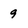
Character: 9